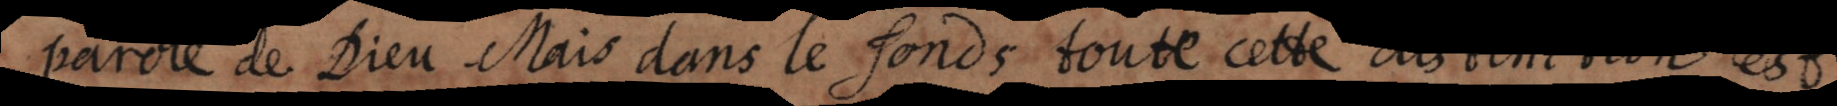
parole de Dieu. Mais dans le fonds toute cette distinction est